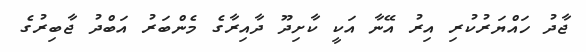
ޖާދު ހައްޔަރުކުރި އިރު އޭނާ އަކީ ކާށިދޫ ދާއިރާގެ މެންބަރު އަބްދު ޖާބިރުގެ